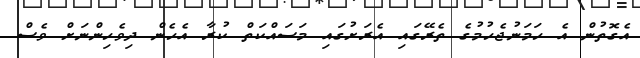
އެގޮތުން އެ ހަމަނުޖެހުމުގެ ތެރޭގައި އެރަށުގައި މަސައްކަތް ކުރާ އެހެން ދިވެހިންނަށް ވެސް